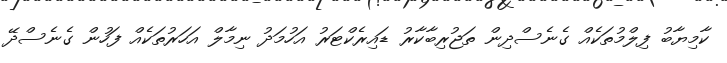
ކާމިޔާބު ފިލްމުތަކެއް ގެނެސްދިން ތަޖުރިބާކާރު ޑައިރެކްޓަރު އަހުމަދު ނިމާލް އަހަރުތަކެއް ފަހުން ގެނެސްދޭ